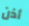
أذن